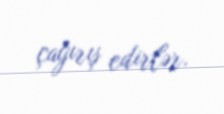
çağırış edirlər.